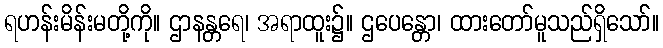
ရဟန်းမိန်းမတို့ကို။ ဌာနန္တရေ၊ အရာထူး၌။ ဌပေန္တော၊ ထားတော်မူသည်ရှိသော်။